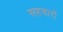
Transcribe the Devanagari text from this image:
सहचारों